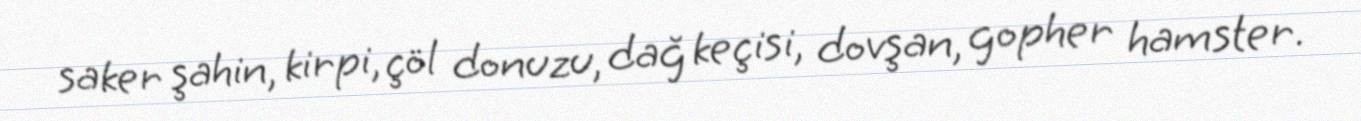
saker şahin, kirpi, çöl donuzu, dağ keçisi, dovşan, gopher hamster.